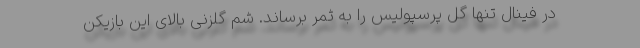
در فینال تنها گل پرسپولیس را به ثمر برساند. شم گلزنی بالای این بازیکن